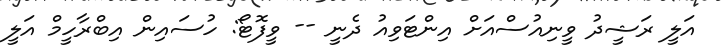
އަލީ ރަޝީދު ވީނިއުސްއަށް އިންޓަވިއު ދެނީ -- ވީފޮޓޯ: ހުސައިން އިބްރާހީމް އަލީ